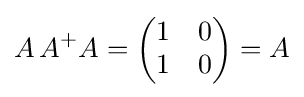
A\,A^{+}A={\begin{pmatrix}1&0\\1&0\end{pmatrix}}=A